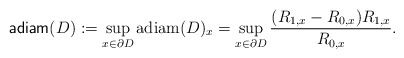
\begin{align*}{\sf adiam}(D):=\sup_{x\in \partial D}{\rm adiam}(D)_x=\sup_{x\in \partial D}\frac{(R_{1,x}-R_{0,x})R_{1,x}}{R_{0,x}}. \end{align*}